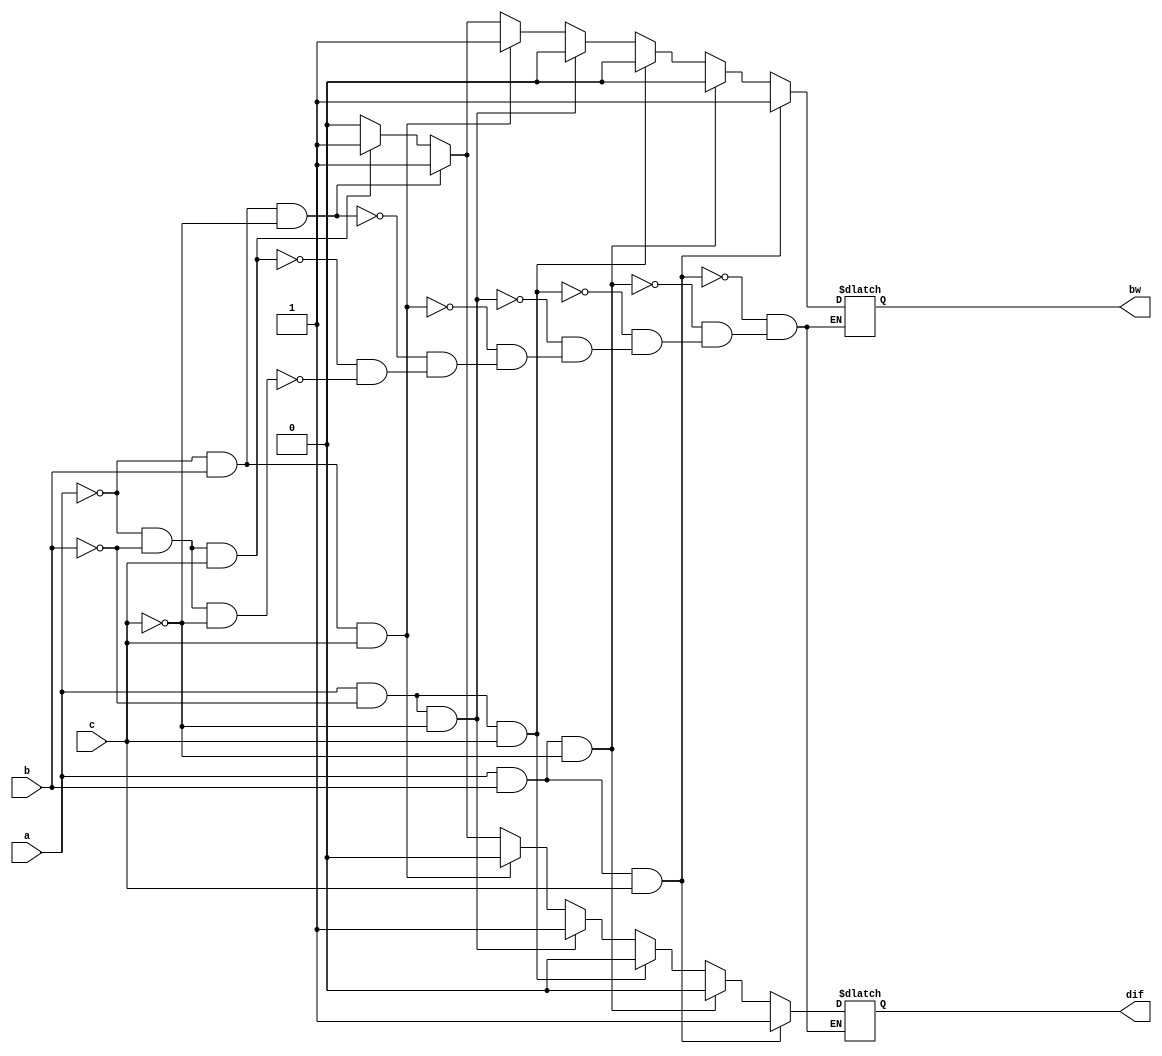
`timescale 1ns / 1ps
module full_sub_beh(input wire a,b,c,output reg dif,bw); 
   always @(a or b or c)
   begin
       if(a==0 && b==0 && c==0)
       begin
       dif=0;
       bw=0;  
       end
       if(a==0 && b==0 && c==1)
       begin
       dif=1;
       bw=1;  
       end
       if(a==0 && b==1 && c==0)
       begin
       dif=1;
       bw=1;  
       end
       if(a==0 && b==1 && c==1)
       begin
       dif=0;
       bw=1;  
       end
       if(a==1 && b==0 && c==0)
       begin
       dif=1;
       bw=0;  
       end
       if(a==1 && b==0 && c==1)
       begin
       dif=0;
       bw=0;  
       end
       if(a==1 && b==1 && c==0)
       begin
       dif=0;
       bw=0;  
       end
       if(a==1 && b==1&& c==1)
       begin
       dif=1;
       bw=1;  
       end  
   end
endmodule